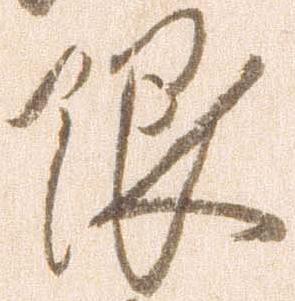
限